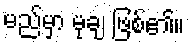
မည်မှာ မုချ ဖြစ်၏။